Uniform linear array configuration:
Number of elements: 64
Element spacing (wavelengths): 0.75
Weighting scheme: hann
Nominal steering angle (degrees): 0
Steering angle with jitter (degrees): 1.041
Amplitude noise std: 0.05
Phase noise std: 0.05

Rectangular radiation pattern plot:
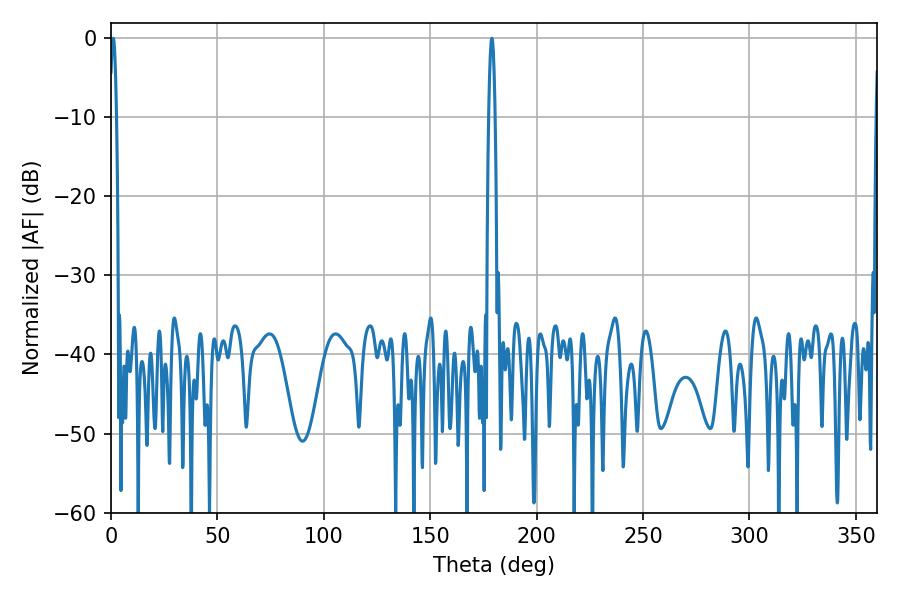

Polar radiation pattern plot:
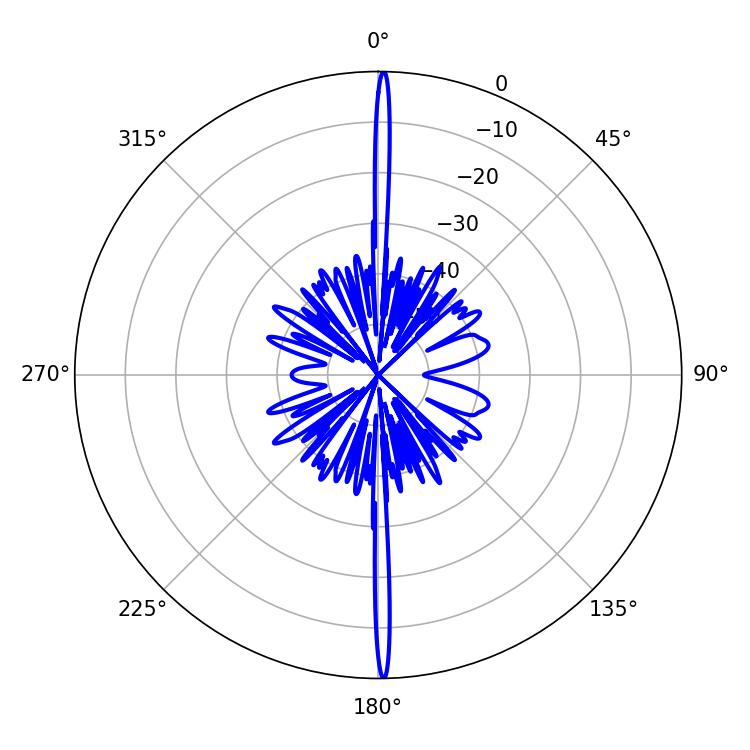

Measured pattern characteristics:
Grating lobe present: TRUE
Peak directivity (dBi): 32.229
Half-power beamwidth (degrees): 1.62
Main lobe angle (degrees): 178.92